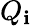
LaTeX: Q_{\mathbf{i}}